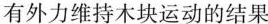
有外力维持木块运动的结果